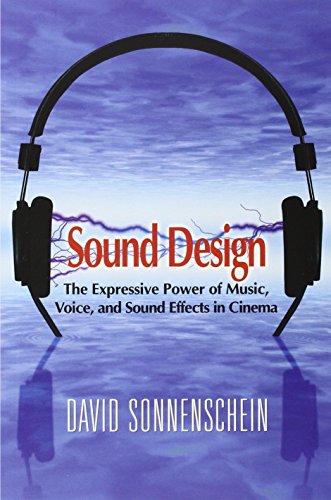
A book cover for Sound Design: The Expressive Power of Music, Voice and Sound Effects in Cinema; David Sonnenschein; Humor & Entertainment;